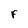
Character: f